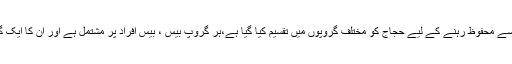
کرونا وائرس سے محفوظ رہنے کے لیے حجاج کو مختلف گروپوں میں تقسیم کیا گیا ہے،ہر گروپ بیس ، بیس افراد پر مشتمل ہے اور ان کا ایک گائیڈ مقرر ہے۔